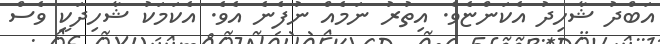
އަބްދު ޝާހިދު އެކަންޏެވެ. އިތުރު ނަމެއް ނުފެނެ އެވެ. އެކަމަކު ޝާހިދަކީ ވެސް